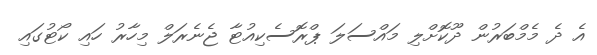
އެ ދެ މެމްބަރުން ދޫކޮށްލި މައްސަލަ ޕްރޮސެކިއުޓާ ޖެނެރަލް މިހާރު ހައި ކޯޓުގައި